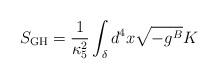
LaTeX: \begin{align*}S_{\rm GH}=\frac{1}{\kappa_5^2}\int_{\delta} d^4x \sqrt{-g^B}K\end{align*}